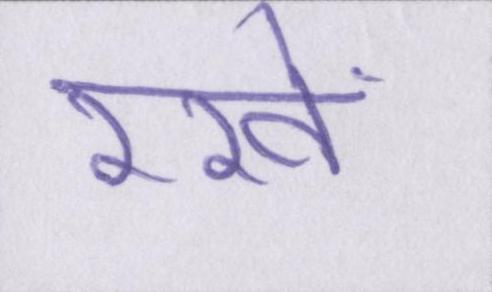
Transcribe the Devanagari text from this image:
रखें